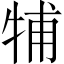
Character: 𤙭